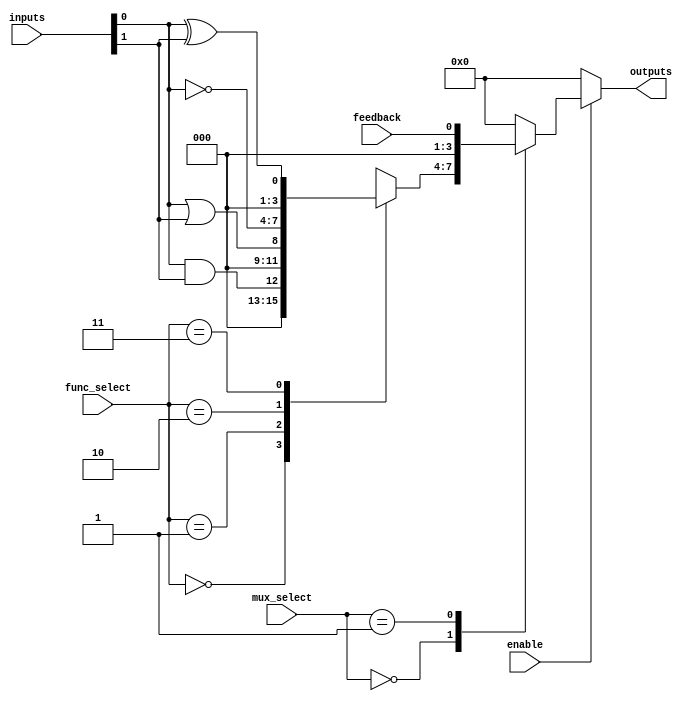
module CLB (
    input wire [3:0] inputs,        // 4 input signals
    input wire [1:0] func_select,   // Function select for LUT
    input wire [1:0] mux_select,    // MUX select signal
    input wire enable,               // Enable signal
    input wire feedback,             // Feedback input
    output wire [3:0] outputs        // 4 output signals
);

// Internal signals
wire [3:0] lut_out;                // Output from LUT
wire [3:0] mux_out;                // Output from MUX

// Logic Function Unit (LUT)
function [3:0] lut (
    input [3:0] in,
    input [1:0] sel
);
    case (sel)
        2'b00: lut = in[0] & in[1]; // AND
        2'b01: lut = in[0] | in[1]; // OR
        2'b10: lut = ~in[0];        // NOT
        2'b11: lut = in[0] ^ in[1]; // XOR
        default: lut = 4'b0000;     // Default case
    endcase
endfunction

// Instantiate the LUT
assign lut_out = lut(inputs, func_select);

// MUX to select between LUT output and feedback
always @(*) begin
    if (enable) begin
        case (mux_select)
            2'b00: outputs = lut_out;          // Select LUT output
            2'b01: outputs = feedback;         // Select feedback
            2'b10: outputs = 4'b0000;          // Default case
            default: outputs = 4'b0000;        // Default case
        endcase
    end else begin
        outputs = 4'b0000;                    // Disable output
    end
end

endmodule